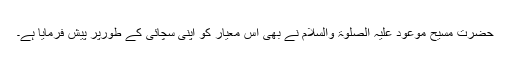
حضرت مسیح موعود علیہ الصلوٰۃ والسلام نے بھی اس معیار کو اپنی سچائی کے طورپر پیش فرمایا ہے۔